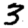
Digit: 3